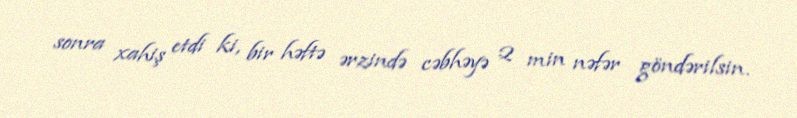
sonra xahiş etdi ki, bir həftə ərzində cəbhəyə 2 min nəfər göndərilsin.